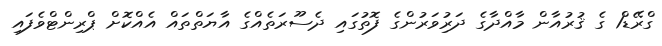
ގްރޭޑް1 ގެ ޤުރުއާން މާއްދާގެ ދަރިުވަރުންގެ ފޮތުގައި ދެސޫރަތެއްގެ އާޔަތްތައް އެއްކޮށް ޕްރިންޓްވެފައި